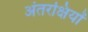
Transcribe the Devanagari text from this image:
अंतरक्षियों